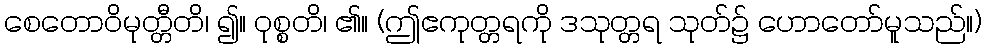
စေတောဝိမုတ္တီတိ၊ ၍။ ဝုစ္စတိ၊ ၏။ (ဤဧကုတ္တရကို ဒသုတ္တရ သုတ်၌ ဟောတော်မူသည်။)